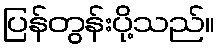
ပြန်တွန်းပို့သည်။